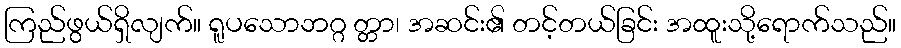
ကြည်ဖွယ်ရှိလျက်။ ရူပသောဘဂ္ဂ တ္တာ၊ အဆင်း၏ တင့်တယ်ခြင်း အထူးသို့ရောက်သည်။